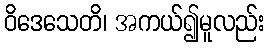
ဝိဒေသေတိ၊ အကယ်၍မူလည်း